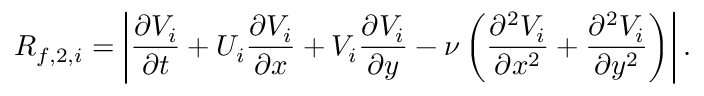
R _ { f , 2 , i } = \left| \frac { \partial V _ { i } } { \partial t } + U _ { i } \frac { \partial V _ { i } } { \partial x } + V _ { i } \frac { \partial V _ { i } } { \partial y } - \nu \left( \frac { \partial ^ { 2 } V _ { i } } { \partial x ^ { 2 } } + \frac { \partial ^ { 2 } V _ { i } } { \partial y ^ { 2 } } \right) \right| .